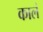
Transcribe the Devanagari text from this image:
कालं